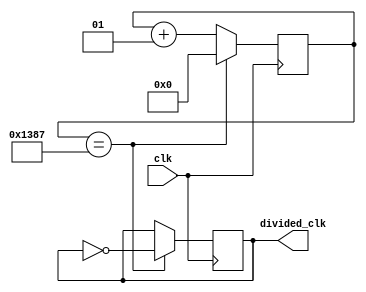
`timescale 1ns / 1ps

module clock_divider(
input wire clk,
output reg divided_clk=0//1Hz
    );
localparam div_value= 4999;    
integer counter_value=0;

always@(posedge clk)
begin
    if (counter_value==div_value)
        counter_value= 0;
    else
        counter_value<=counter_value+1;
end

//divide clock
always@ (posedge clk)
begin
    if (counter_value==div_value)
        divided_clk<= ~divided_clk;
    else
        divided_clk<= divided_clk;
        
end
endmodule